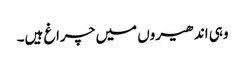
وہی اندھیروں میں چراغ ہیں۔